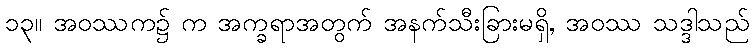
၁၃။ အဝဿက၌ က အက္ခရာအတွက် အနက်သီးခြားမရှိ, အဝဿ သဒ္ဒါသည်